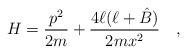
\begin{align*}H= {p^2\over 2m} + {4\ell(\ell + \hat B)\over 2mx^2} \quad,\end{align*}